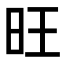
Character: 旺